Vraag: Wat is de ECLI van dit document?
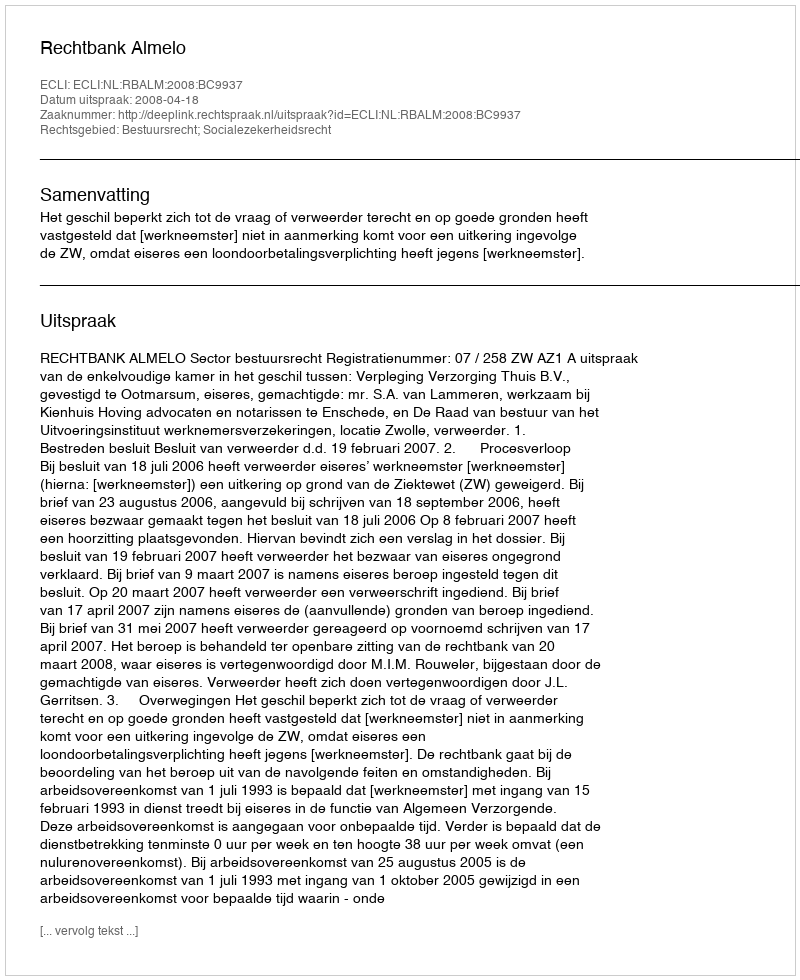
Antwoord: ECLI:NL:RBALM:2008:BC9937